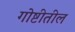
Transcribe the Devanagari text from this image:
गोष्टीतील